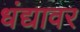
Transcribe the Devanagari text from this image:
धंद्यावर